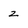
Character: z